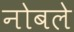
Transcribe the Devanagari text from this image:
नोबले